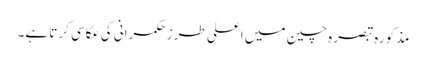
مذکورہ تبصرہ چین میں اعلی طرز حکمرانی کی عکاسی کرتا ہے۔